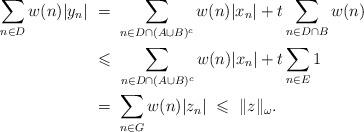
LaTeX: \begin{align*}\sum_{n\in D}w(n)|y_n|&\ =\ \sum_{n\in D\cap (A\cup B)^c}w(n)|x_n| + t\sum_{n\in D\cap B}w(n)\\&\ \leqslant\ \sum_{n\in D\cap (A\cup B)^c}w(n)|x_n| + t\sum_{n\in E}1\\&\ =\ \sum_{n\in G}w(n) |z_n|\ \leqslant\ \|z\|_\omega.\end{align*}